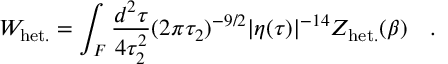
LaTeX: W _ { \mathrm { h e t . } } = \int _ { \cal F } { \frac { d ^ { 2 } \tau } { 4 \tau _ { 2 } ^ { 2 } } } ( 2 \pi \tau _ { 2 } ) ^ { - 9 / 2 } | \eta ( \tau ) | ^ { - 1 4 } Z _ { \mathrm { h e t . } } ( \beta ) \quad .